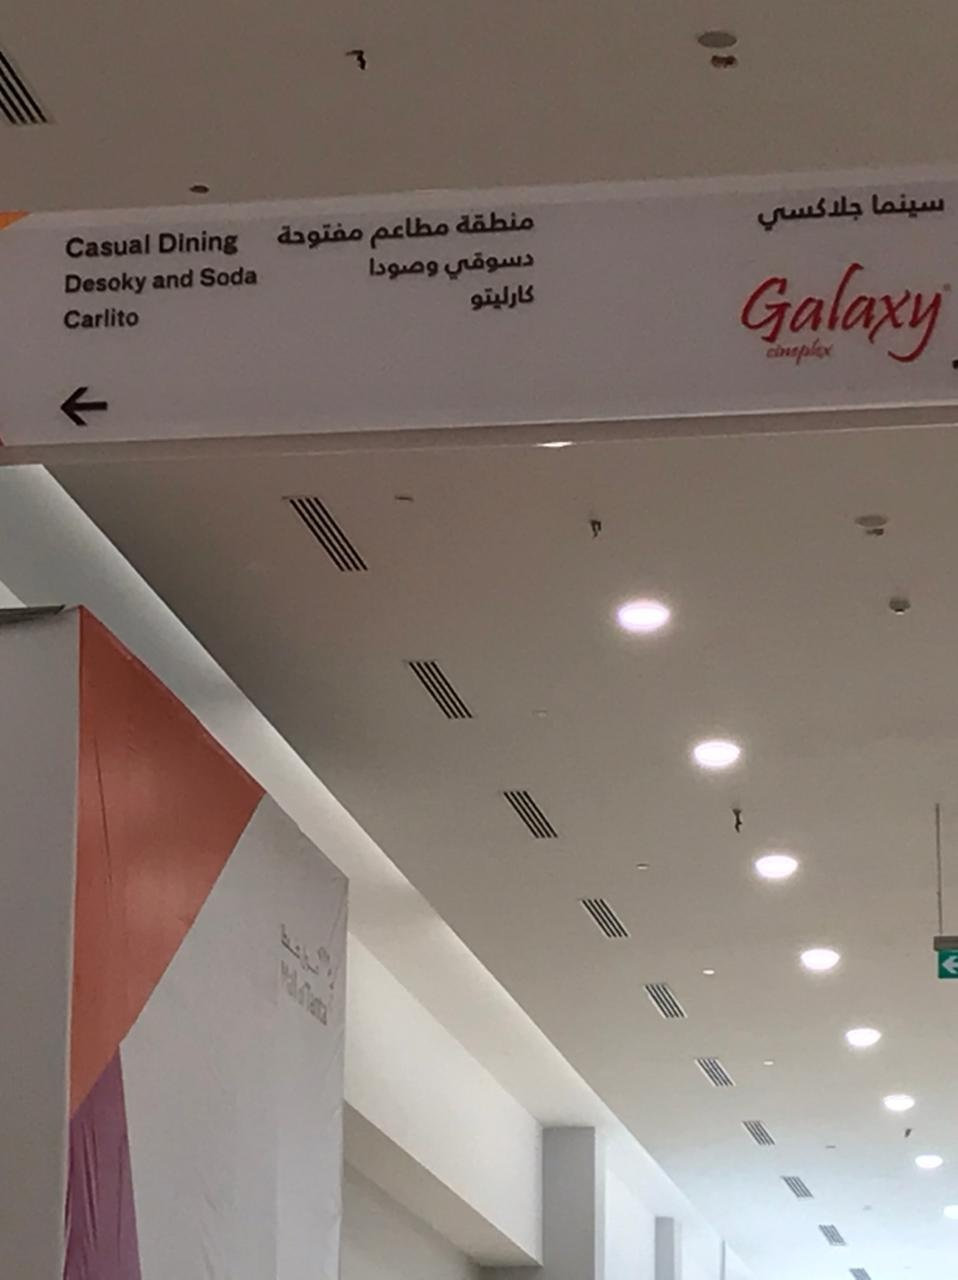
Text in image: سينما جلاكسي منطقة مطاعم مفتوحة دسوقي وصودا كارليتو Dining Casual Soda and Desoky Galaxy Carlito